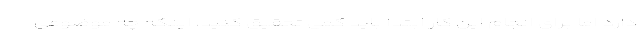
دارد اما برای انجام این کار ابتدا باید کمی تحقیق کنید، اینکه چه موضوعی